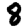
Digit: 8